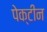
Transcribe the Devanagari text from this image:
पेक्टीन